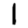
Digit: 1